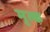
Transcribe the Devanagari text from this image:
मृत्क